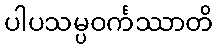
ပါပသမ္ပဝင်္ကဿာတိ